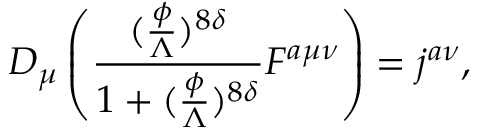
D _ { \mu } \left( \frac { ( \frac { \phi } { \Lambda } ) ^ { 8 \delta } } { 1 + ( \frac { \phi } { \Lambda } ) ^ { 8 \delta } } F ^ { a \mu \nu } \right) = j ^ { a \nu } ,